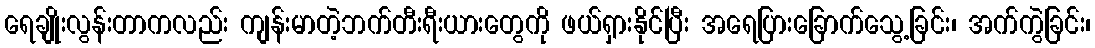
ရေချိုးလွန်းတာကလည်း ကျန်းမာတဲ့ဘက်တီးရီးယားတွေကို ဖယ်ရှားနိုင်ပြီး အရေပြားခြောက်သွေ့ခြင်း၊ အက်ကွဲခြင်း၊